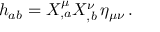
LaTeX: h _ { a b } = X _ { , a } ^ { \mu } X _ { , b } ^ { \nu } \, \eta _ { \mu \nu } \, .